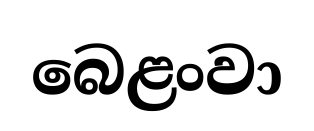
බෙළංවා